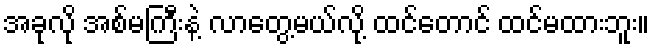
အခုလို အစ်မကြီးနဲ့ လာတွေ့မယ်လို့ ထင်တောင် ထင်မထားဘူး။